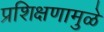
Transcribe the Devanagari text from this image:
प्रशिक्षणामुळे